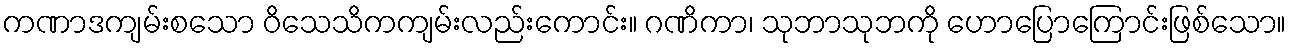
ကဏာဒကျမ်းစသော ဝိသေသိကကျမ်းလည်းကောင်း။ ဂဏိကာ၊ သုဘာသုဘကို ဟောပြောကြောင်းဖြစ်သော။